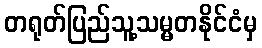
တရုတ်ပြည်သူ့သမ္မတနိုင်ငံမှ